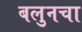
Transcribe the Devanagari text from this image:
बलुनचा